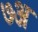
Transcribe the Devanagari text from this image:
७अ